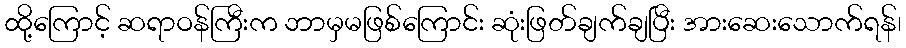
ထို့ကြောင့် ဆရာဝန်ကြီးက ဘာမှမဖြစ်ကြောင်း ဆုံးဖြတ်ချက်ချပြီး အားဆေးသောက်ရန်၊